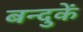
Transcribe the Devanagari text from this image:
बन्दुकें